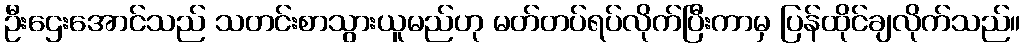
ဦးဌေးအောင်သည် သတင်းစာသွားယူမည်ဟု မတ်တပ်ရပ်လိုက်ပြီးကာမှ ပြန်ထိုင်ချလိုက်သည်။